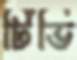
টিভি